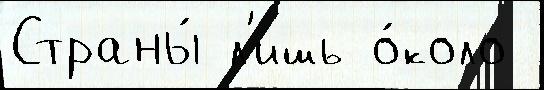
Страны́ л'ишь о́коло